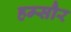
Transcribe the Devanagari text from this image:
हम्सौर